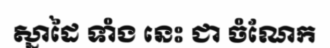
ស្នាដៃ ទាំង នេះ ជា ចំណែក